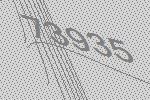
73935